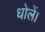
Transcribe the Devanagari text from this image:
धोलें।